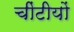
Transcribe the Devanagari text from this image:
चींटीयों